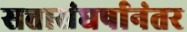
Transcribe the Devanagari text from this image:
सत्तासंघर्षानंतर